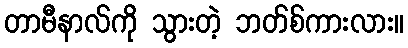
တာမီနာလ်ကို သွားတဲ့ ဘတ်စ်ကားလား။